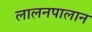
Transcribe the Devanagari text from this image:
लालनपालान